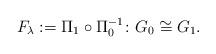
LaTeX: \begin{align*} F_\lambda : = \Pi_1 \circ \Pi_0^{-1} \colon G_0 \cong G_1. \end{align*}